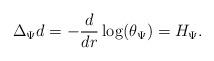
LaTeX: \begin{align*}\Delta_{\Psi} d = - \frac{d}{dr} \log(\theta_{\Psi}) = H_{\Psi}.\end{align*}